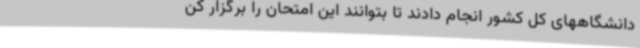
دانشگاههای کل کشور انجام دادند تا بتوانند این امتحان را برگزار کن